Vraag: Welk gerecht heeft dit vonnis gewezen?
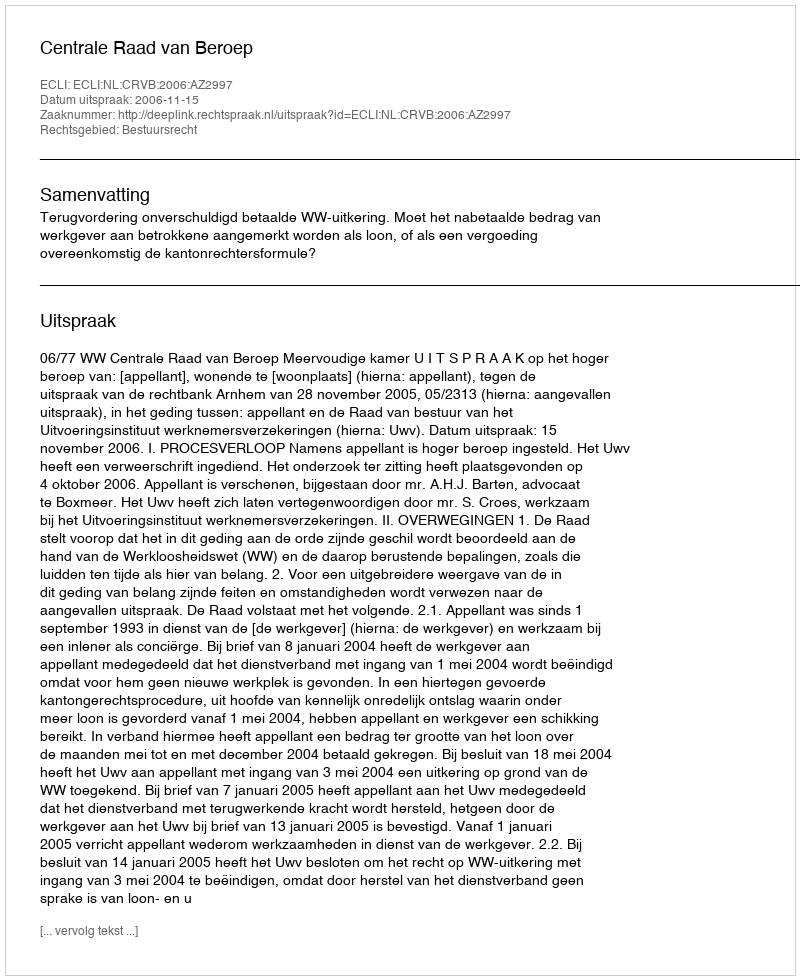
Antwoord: Centrale Raad van Beroep